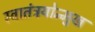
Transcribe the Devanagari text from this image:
स्वातंत्रयोन्मुख